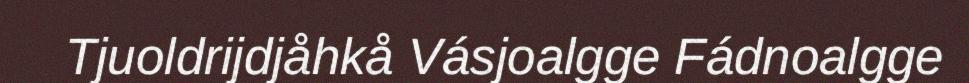
Tjuoldrijdjåhkå Vásjoalgge Fádnoalgge